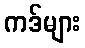
ကဒ်များ